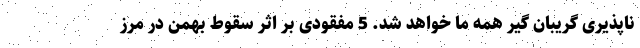
ناپذیری گریبان گیر همه ما خواهد شد. 5 مفقودی بر اثر سقوط بهمن در مرز